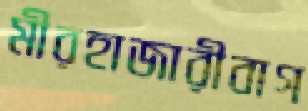
মীরহাজারীবাগ